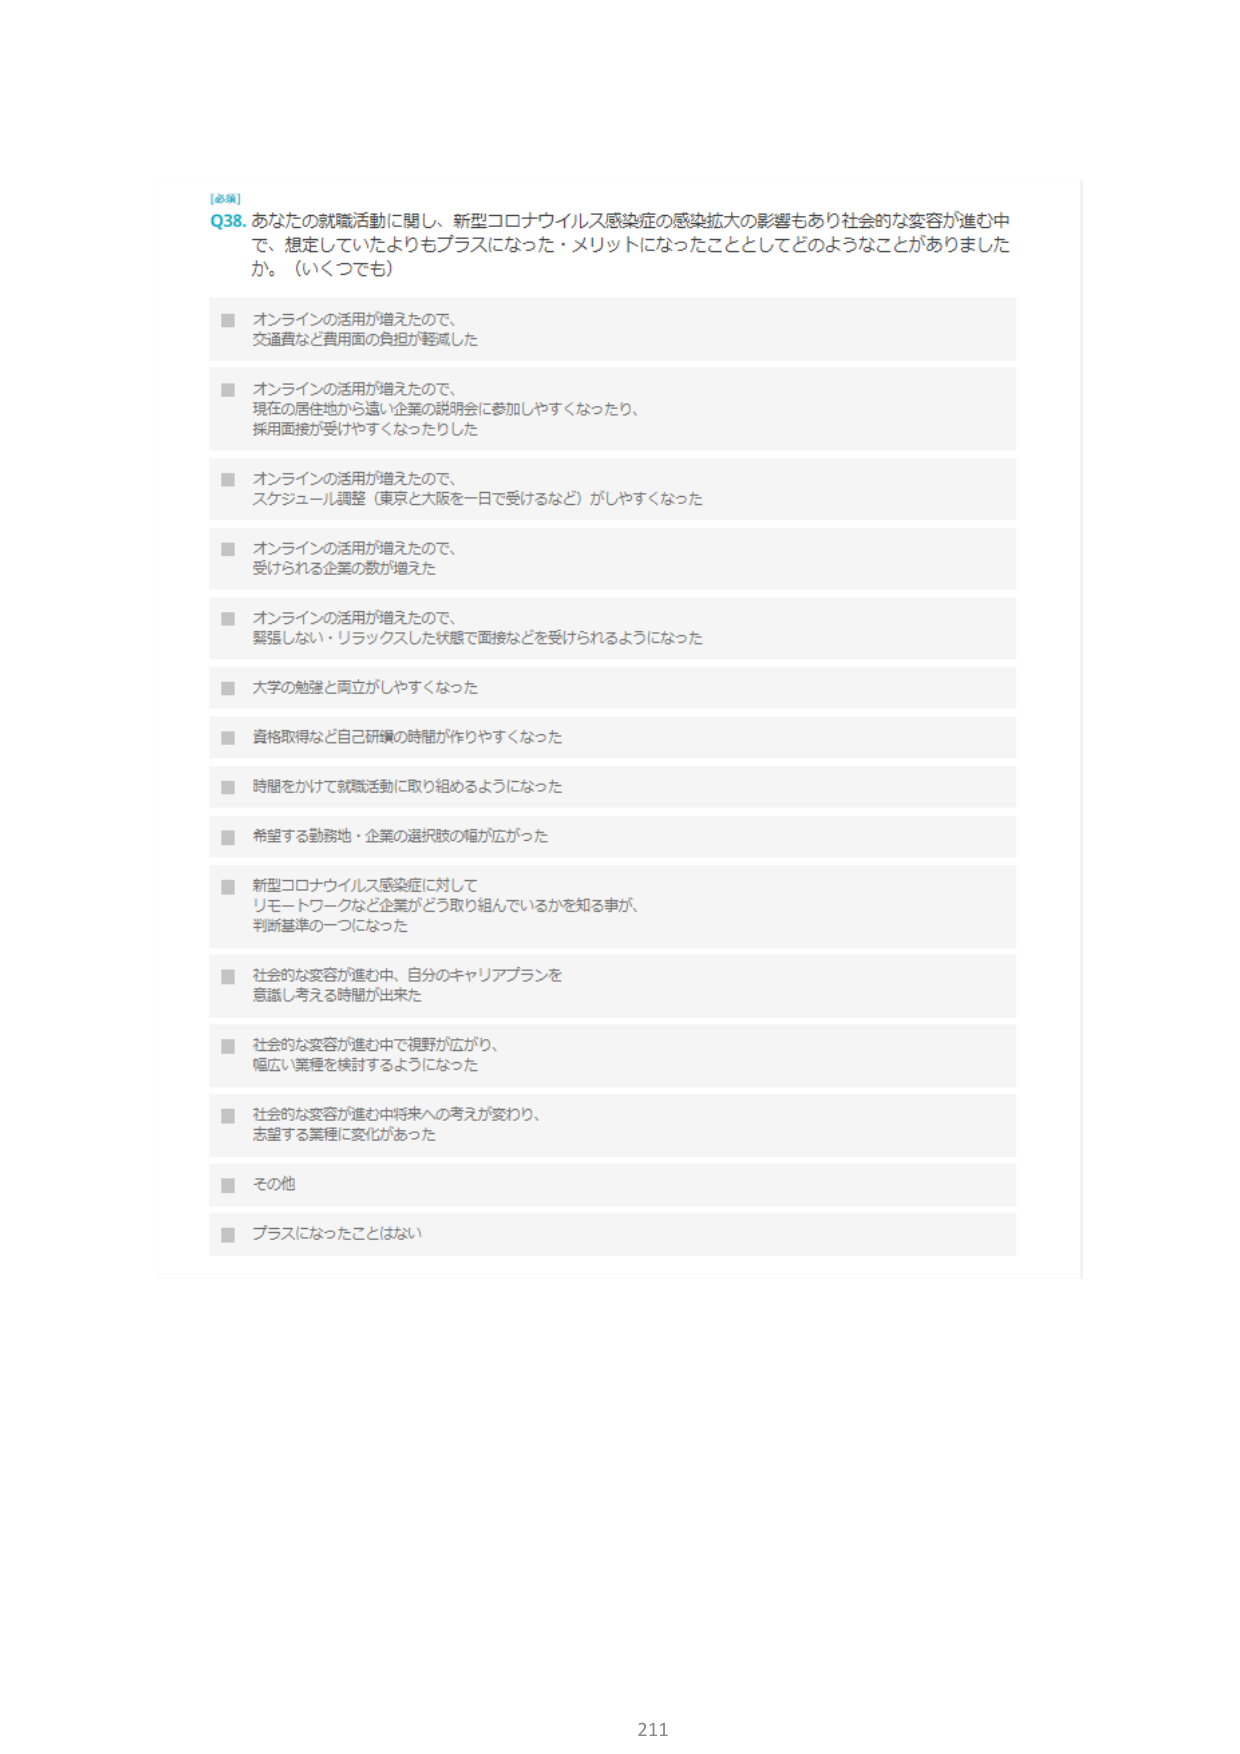
[必須]
Q38. あなたの就職活動に関し、新型コロナウイルス感染症の感染拡大の影響もあり社会的な変容が進む中で、想定していたよりもプラスになった・メリットになったこととしてどのようなことがありましたか。（いくつでも）

■ オンラインの活用が増えたので、
交通費など費用面の負担が軽減した

■ オンラインの活用が増えたので、
現在の居住地から遠い企業の説明会に参加しやすくなったり、
採用面接が受けやすくなったりした

■ オンラインの活用が増えたので、
スケジュール調整（東京と大阪を一日で受けるなど）がしやすくなった

■ オンラインの活用が増えたので、
受けられる企業の数が増えた

■ オンラインの活用が増えたので、
緊張しない・リラックスした状態で面接などを受けられるようになった

■ 大学の勉強と両立がしやすくなった

■ 資格取得など自己研鑽の時間が作りやすくなった

■ 時間をかけて就職活動に取り組めるようになった

■ 希望する勤務地・企業の選択肢の幅が広がった

■ 新型コロナウイルス感染症に対して
リモートワークなど企業がどう取り組んでいるかを知る事が、
判断基準の一つになった

■ 社会的な変容が進む中、自分のキャリアプランを
意識し考える時間が出た

■ 社会的な変容が進む中で視野が広がり、
幅広い業種を検討するようになった

■ 社会的な変容が進む中将来への考えが変わり、
志望する業種に変化があった

■ その他

■ プラスになったことはない

211